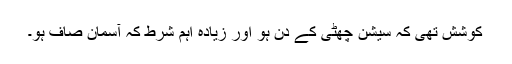
کوشش تھی کہ سیشن چھٹی کے دن ہو اور زیادہ اہم شرط کہ آسمان صاف ہو۔